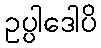
ဥပ္ပါဒေါပိ